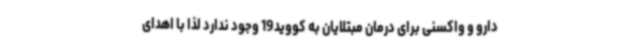
دارو و واکسنی برای درمان مبتلایان به کووید19 وجود ندارد لذا با اهدای